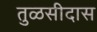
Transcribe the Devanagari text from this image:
तुळसीदास